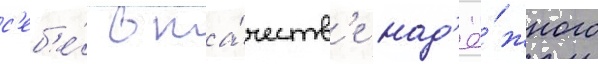
с'еб'е́ в ка́честв'е над'ё́жного